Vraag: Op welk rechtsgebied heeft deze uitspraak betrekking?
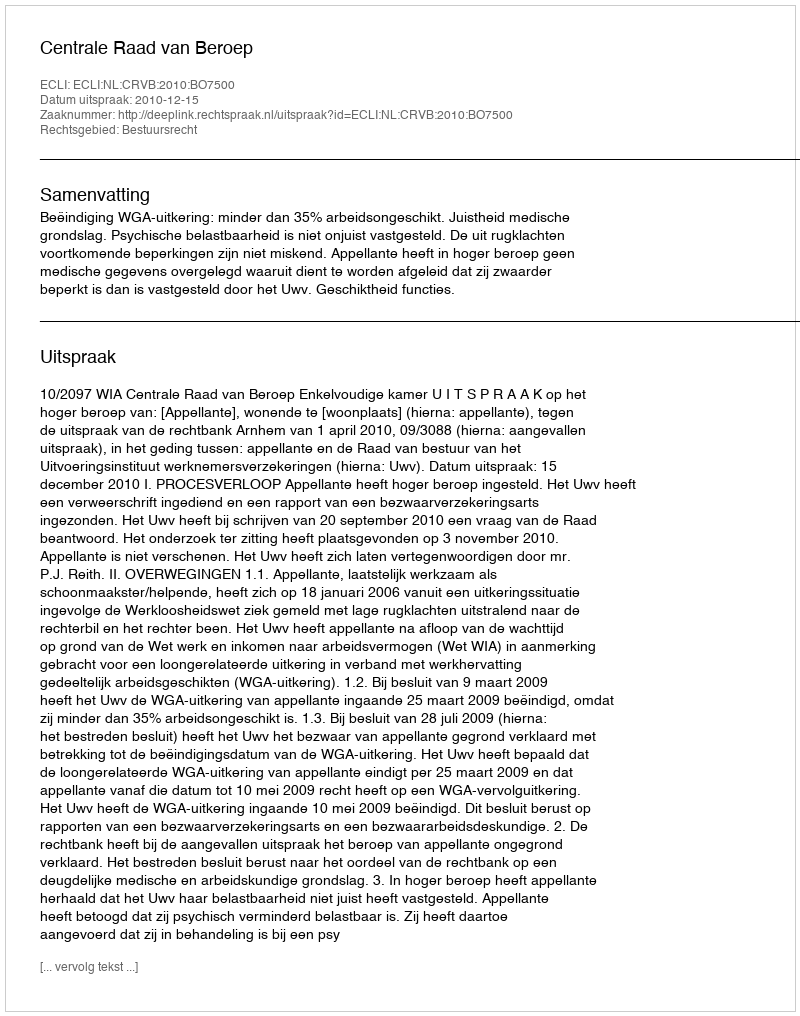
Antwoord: Bestuursrecht